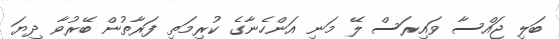
ބަލި ޖައްސާ ވައިރަސް ލޭ މަނި އަންހެނާގެ ކުރިމަތި ފަރާތުން ބޭރުވާ ދިޔަ